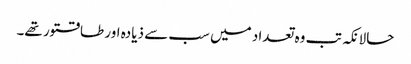
حالانکہ تب وہ تعداد میں سب سے ذیادہ اور طاقتور تھے۔